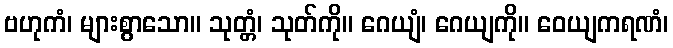
ဗဟုကံ၊ များစွာသော။ သုတ္တံ၊ သုတ်ကို။ ဂေယျံ၊ ဂေယျကို။ ဝေယျကရဏံ၊